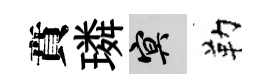
賁璘冥勒